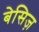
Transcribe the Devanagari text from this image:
बेसिज़